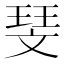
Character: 𪯥